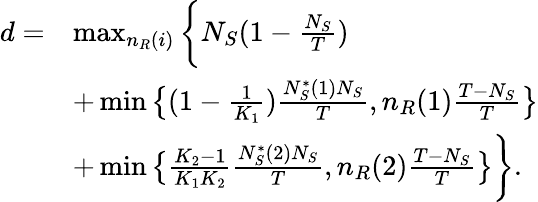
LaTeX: \begin{array}{rl}{d=}&{\operatorname*{max}_{n_{R}(i)}\bigg\{ N_{S}(1-\frac{N_{S}}{T})}\\ &{+\operatorname*{min}\big\{ (1-\frac{1}{K_{1}})\frac{N_{S}^{\ast}(1)N_{S}}{T},n_{R}(1)\frac{T-N_{S}}{T}\big\} }\\ &{+\operatorname*{min}\big\{ \frac{K_{2}-1}{K_{1}K_{2}}\frac{N_{S}^{\ast}(2)N_{S}}{T},n_{R}(2)\frac{T-N_{S}}{T}\big\} \bigg\} .}\end{array}